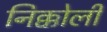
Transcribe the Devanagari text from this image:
निक्कोली